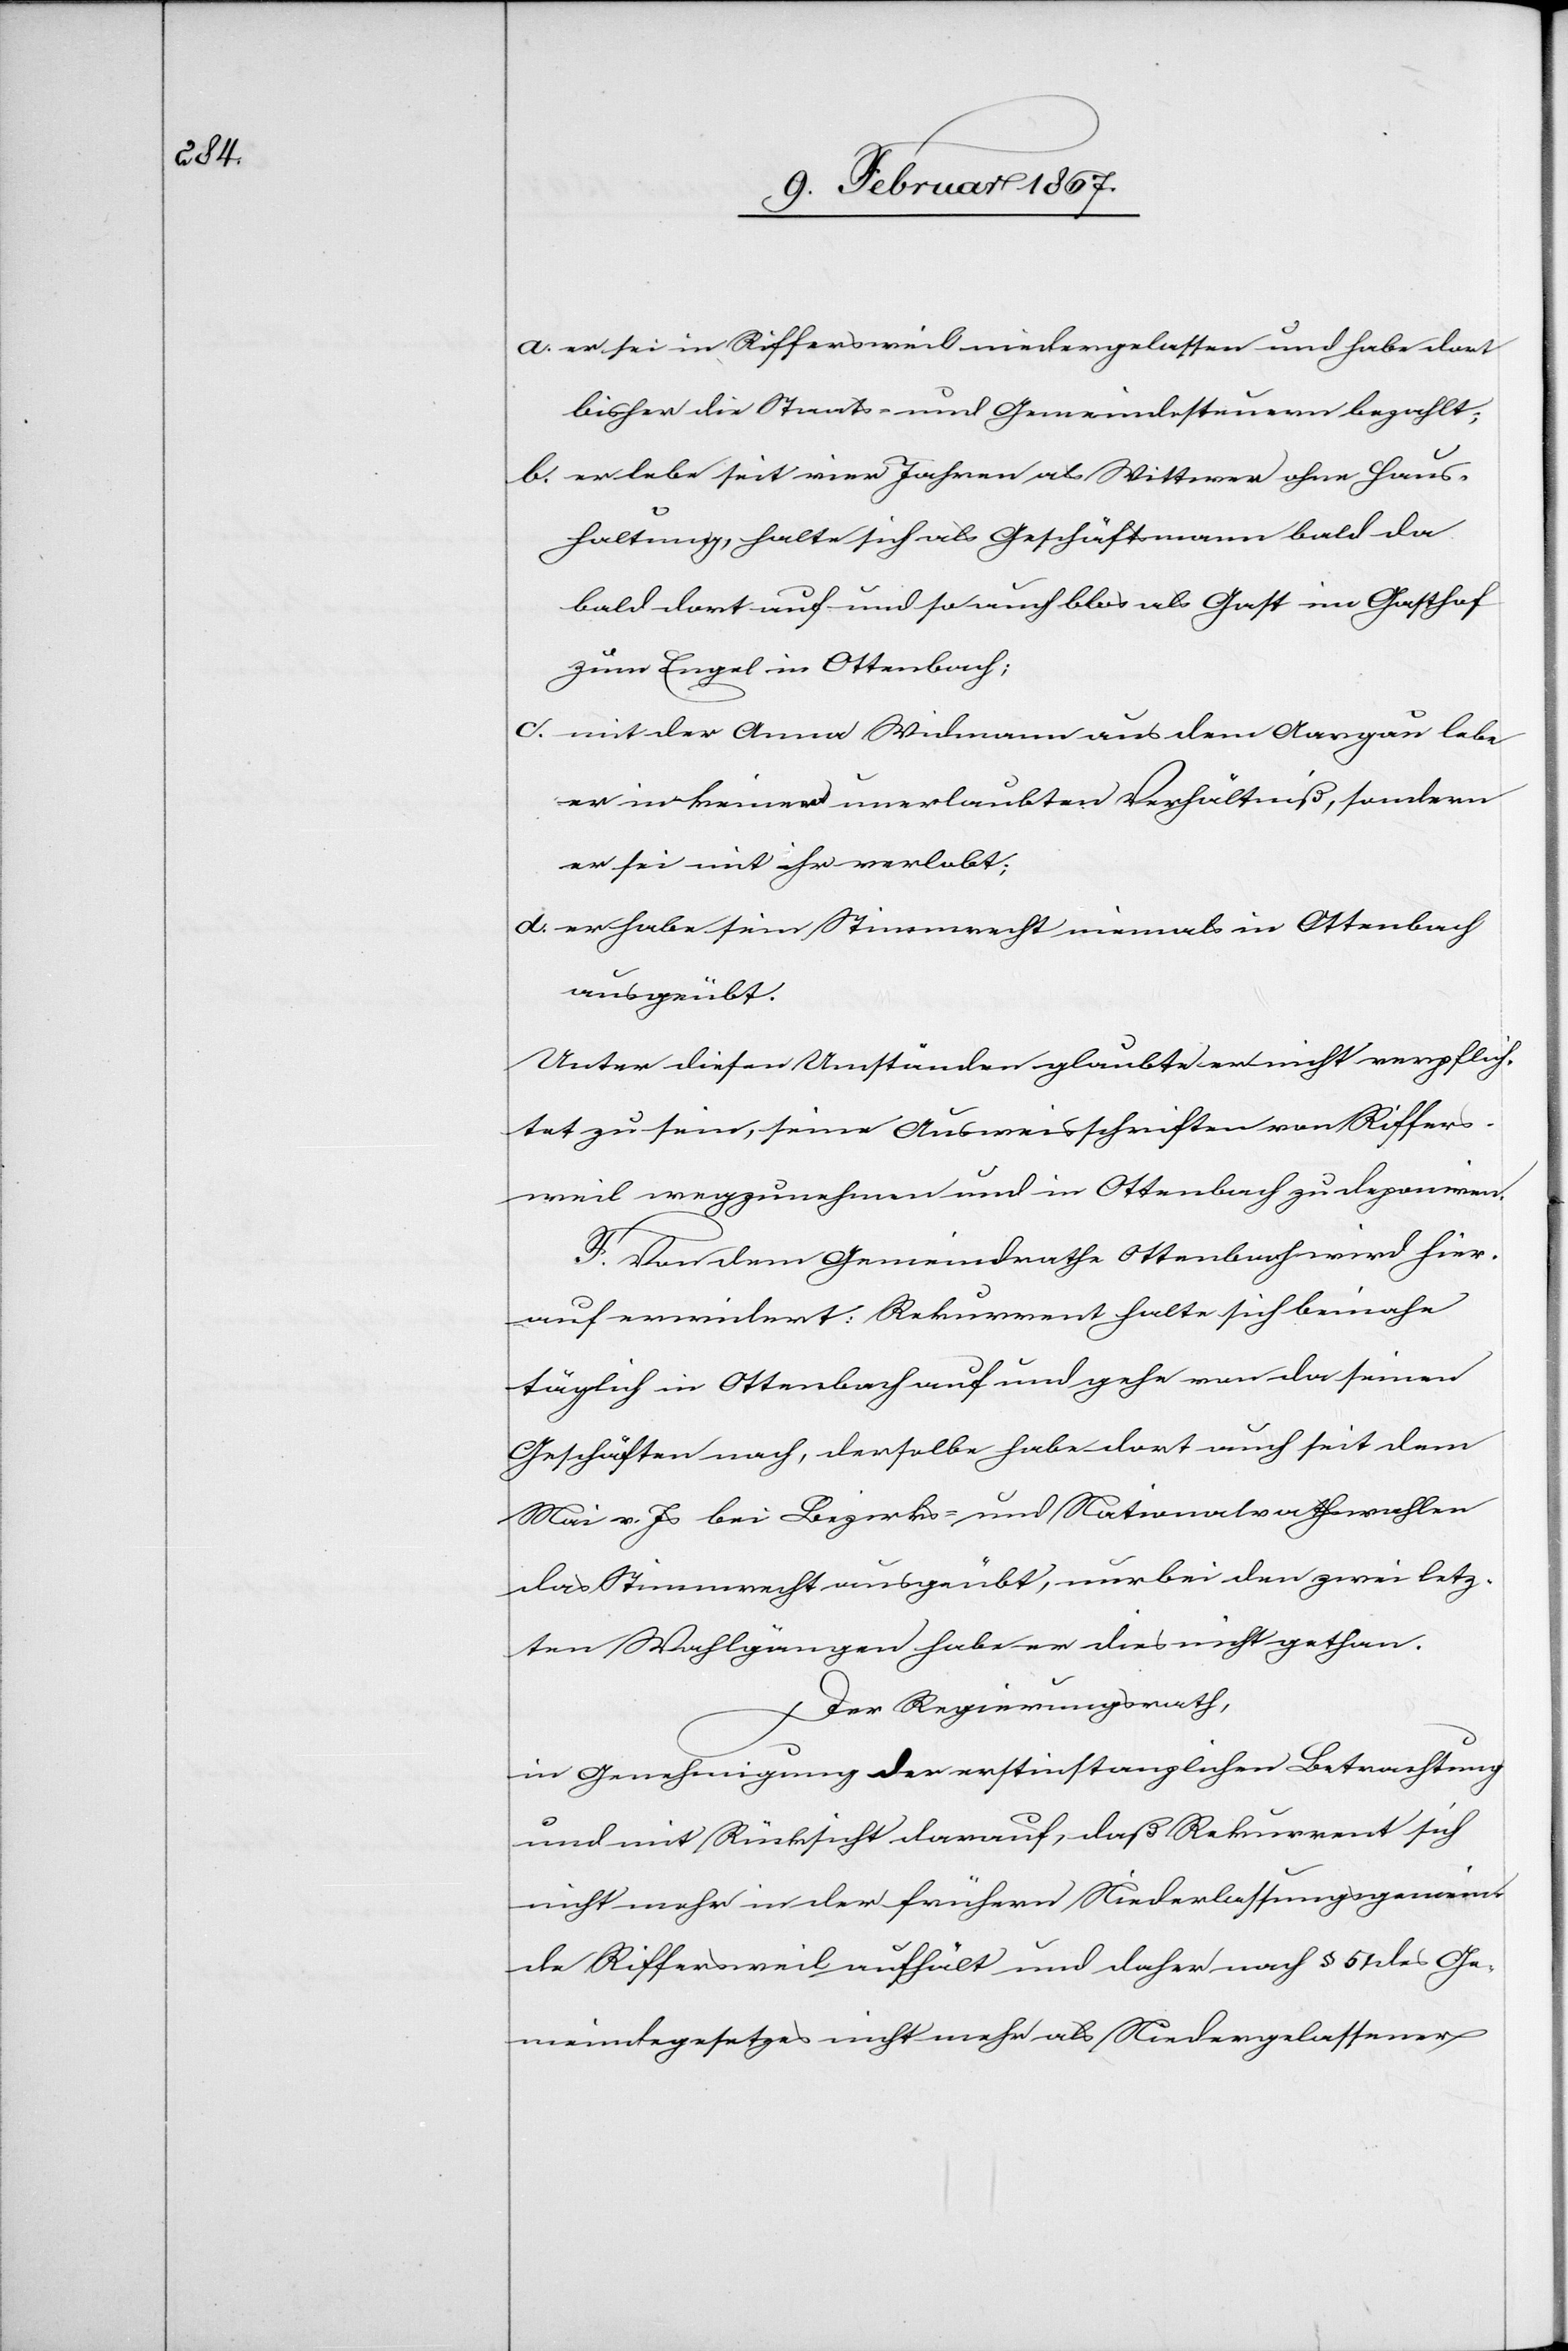
a.	er sei in Riffersweil niedergelassen und habe dort
bisher die Staats- und Gemeindesteuern bezahlt;
b.	er lebe seit vier Jahren als Wittwer ohne Haus¬
haltung, halte sich als Geschäftsmann bald da
bald dort auf und so auch blos als Gast im Gasthof
zum Engel in Ottenbach;
c. 	mit der Anna Widmann aus dem Aargau lebe
er in keinem unerlaubten Verhältniß, sondern
er sei mit ihr verlobt;
d. 	er habe sein Stimmrecht niemals in Ottenbach
ausgeübt.
Unter diesen Umständen glaubte er nicht verpflich¬
tet zu sein, seine Ausweisschriften von Riffers¬
weil wegzunehmen und in Ottenbach zu deponiren.
F. Von dem Gemeindrathe Ottenbach wird hier¬
auf erwidert: Rekurrent halte sich beinahe
täglich in Ottenbach auf und gehe von da seinen
Geschäften nach, derselbe habe dort auch seit dem
Mai v. Js bei Bezirks- und Nationalrathswahlen
das Stimmrecht ausgeübt, nur bei den zwei letz¬
ten Wahlgängen habe er dies nicht gethan.
Der Regierungsrath,
in Genehmigung der erstinstanzlichen Betrachtung
und mit Rücksicht darauf, daß Rekurrent sich
nicht mehr in der frühern Niederlassungsgemein¬
de Riffersweil aufhält und daher nach § 51 des Ge¬
meindegesetzes nicht mehr als Niedergelassener